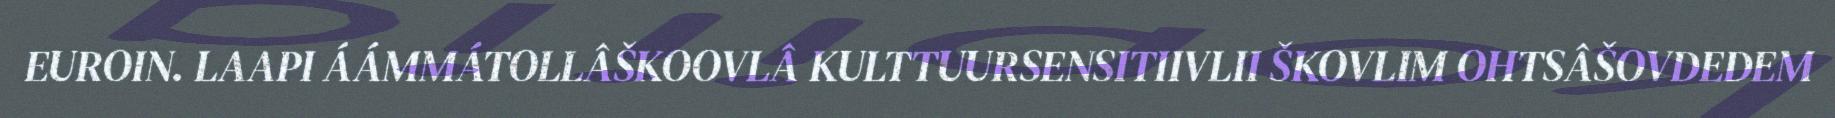
EUROIN. LAAPI ÁÁMMÁTOLLÂŠKOOVLÂ KULTTUURSENSITIIVLII ŠKOVLIM OHTSÂŠOVDEDEM